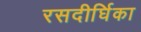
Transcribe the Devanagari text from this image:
रसदीर्घिका